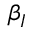
\beta _ { I }